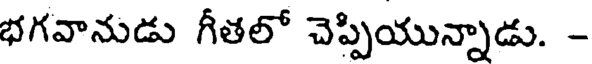
భగవానుడు గీతలో చెప్పియున్నాడు. -